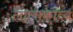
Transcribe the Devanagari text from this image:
लालाकाव्य